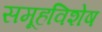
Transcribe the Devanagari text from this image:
समूहविशेष